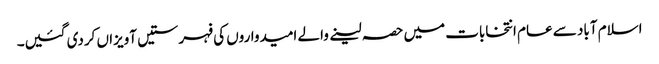
اسلام آباد سے عام انتخابات میں حصہ لینے والے امیدواروں کی فہرستیں آویزاں کردی گئیں۔